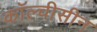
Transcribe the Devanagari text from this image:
कॉल्चीसीन